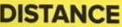
DISTANCE